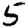
Digit: 5